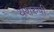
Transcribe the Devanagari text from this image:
यशरुपी